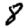
Digit: 8